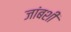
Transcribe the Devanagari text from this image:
जांबशी